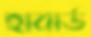
হাবার্ড